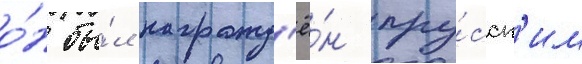
о́н бы́л награжд'ё́н пру́сск'им